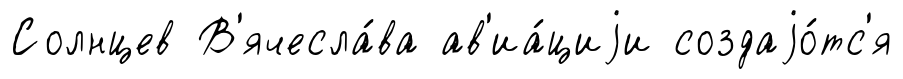
Солнцев В'ячесла́ва ав'иа́циjи создаjо́тс'я